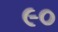
૯૦